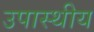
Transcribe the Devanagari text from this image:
उपास्थीय